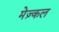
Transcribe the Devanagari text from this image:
मेज़्कल